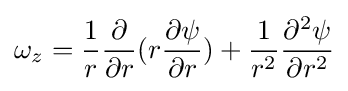
\omega _{z}={\frac {1}{r}}{\frac {\partial }{\partial r}}(r{\frac {\partial \psi }{\partial r}})+{\frac {1}{r^{2}}}{\frac {\partial ^{2}\psi }{\partial r^{2}}}